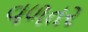
વળત૨